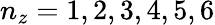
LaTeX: n_{z}=1,2,3,4,5,6